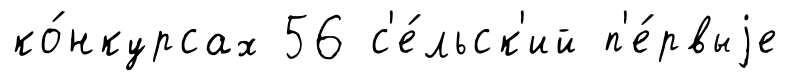
ко́нкурсах 56 с'е́льск'ий п'е́рвыjе